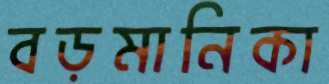
বড়মানিকা